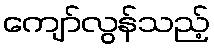
ကျော်လွန်သည့်